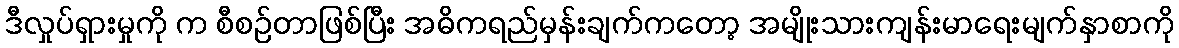
ဒီလှုပ်ရှားမှုကို က စီစဉ်တာဖြစ်ပြီး အဓိကရည်မှန်းချက်ကတော့ အမျိုးသားကျန်းမာရေးမျက်နှာစာကို